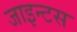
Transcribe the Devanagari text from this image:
जाइन्टस